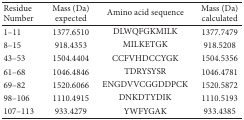
<table><thead><tr><td><b>Residue Number</b></td><td><b>Mass (Da) expected</b></td><td><b>Amino acid sequence</b></td><td><b>Mass (Da) calculated</b></td></tr></thead><tbody><tr><td>1–11</td><td>1377.6510</td><td>DLWQFGKMILK</td><td>1377.7479</td></tr><tr><td>8–15</td><td>918.4353</td><td>MILKETGK</td><td>918.5208</td></tr><tr><td>43–53</td><td>1504.4404</td><td>CCFVHDCCYGK</td><td>1504.5356</td></tr><tr><td>61–68</td><td>1046.4846</td><td>TDRYSYSR</td><td>1046.4781</td></tr><tr><td>69–82</td><td>1520.6066</td><td>ENGDVVCGGDDPCK</td><td>1520.5872</td></tr><tr><td>98–106</td><td>1110.4915</td><td>DNKDTYDIK</td><td>1110.5193</td></tr><tr><td>107–113</td><td>933.4279</td><td>YWFYGAK</td><td>933.4385</td></tr></tbody></table>